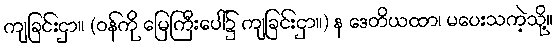
ကျခြင်းငှာ။ (ဝန်ကို မြေကြီးပေါ်၌ ကျခြင်းငှာ။) န ဒေတိယထာ၊ မပေးသကဲ့သို့။